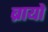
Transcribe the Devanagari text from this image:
ब्रायो